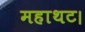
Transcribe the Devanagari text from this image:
महाथट।